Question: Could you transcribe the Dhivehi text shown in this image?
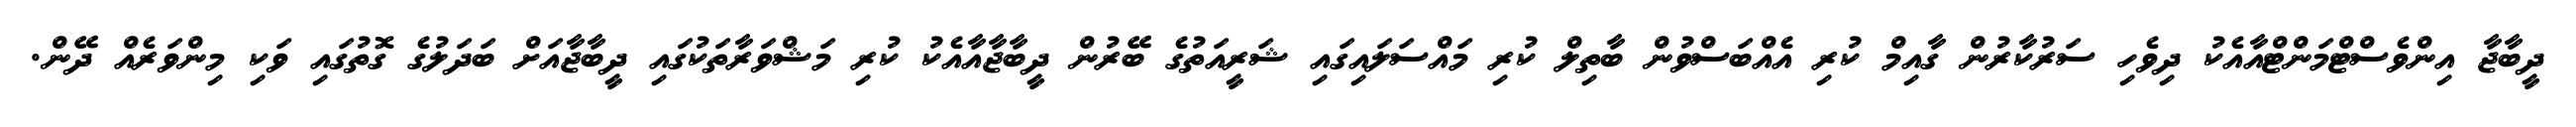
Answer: ދީބާޖާ އިންވެސްޓްމަންޓްއާއެކު ދިވެހި ސަރުކާރުން ގާއިމް ކުރި އެއްބަސްވުން ބާތިލް ކުރި މައްސަލައިގައި ޝަރީއަތުގެ ބޭރުން ދީބާޖާއާއެކު ކުރި މަޝްވަރާތަކުގައި ދީބާޖާއަށް ބަދަލުގެ ގޮތުގައި ވަކި މިންވަރެއް ދޭން.